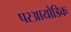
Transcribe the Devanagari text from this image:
परआयोडिक